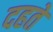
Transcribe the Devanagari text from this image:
दहते